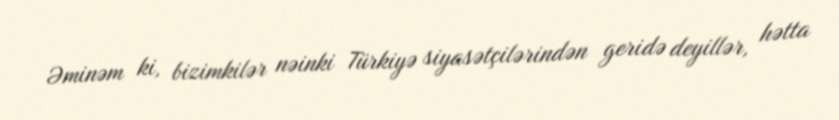
Əminəm ki, bizimkilər nəinki Türkiyə siyasətçilərindən geridə deyillər, hətta